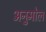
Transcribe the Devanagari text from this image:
अनुमोल